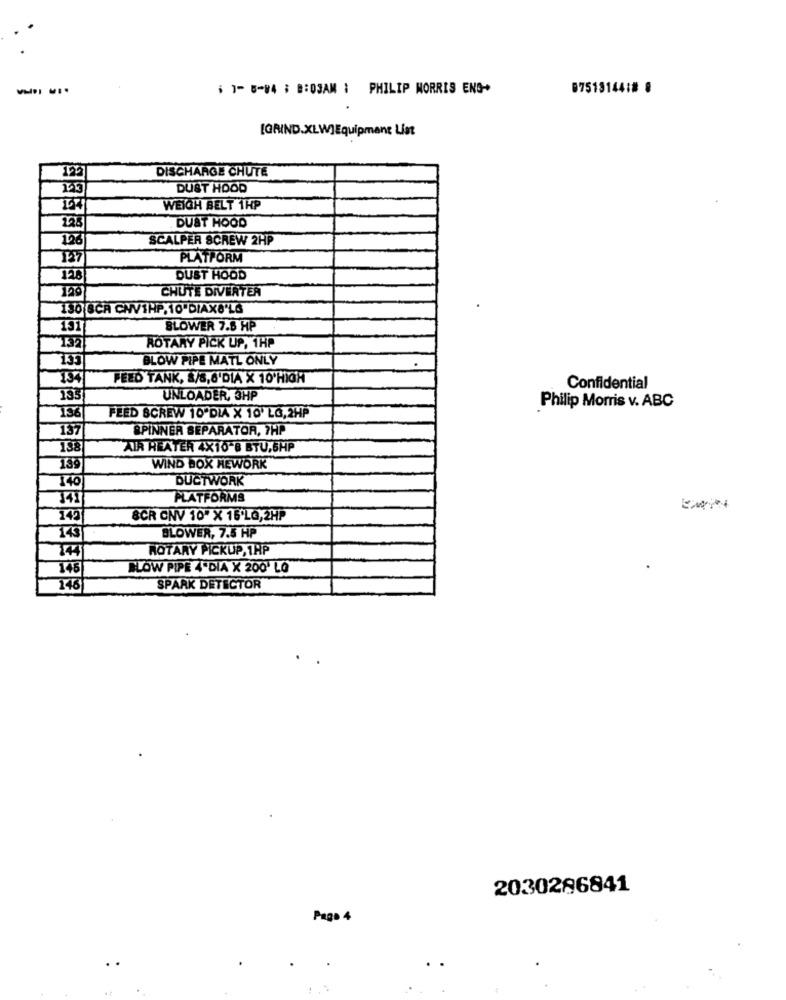
$ 1- 6-84 ; B:03AM : PHILIP MORRIS ENG-
07519144:8 8
[GRIND.XLW]Equipment List
DISCHARGE CHUTE
153
DUST HOOD
WEIGH BELT 1HP
228
DUST HOOD
126
SCALPER SCREW 2HP
PLATFORM
128
DUST HOOD
CHUTE DIVERTER
130 SCA CHV1HP, 10"DIAX6'LS
131
BLOWER 7.5 HP
ROTARY PICK UP, 1HP
BLOW PIPE MATL ONLY
134
FEED TANK, /8,6'DIA X 10'HIGH
Confidential
195
UNLOADER, 3HP
196
Philip Morris v. ABC
FEED SCREW 10'DIA X 10' LG,2HP
137
SPINNER SEPARATOR, 7HP
138
AIR REATER 4X10 8 BTU,6HP
WIND BOX HEWORK
140
DUCTWORK
PLATFORMS
142
SCR CNV 10" X 16ºL@,2HP
143
BLOWER, 7.5 HP
14
ROTARY PICKUP, 1HP
145
BLOW PIPE 4"DIA X 200' LO
146
SPARK DETECTOR
2030286841
Page 4
.